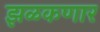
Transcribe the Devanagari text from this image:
झळकणार